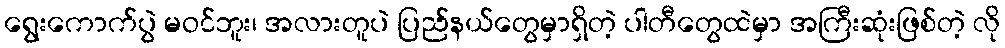
ရွေးကောက်ပွဲ မဝင်ဘူး၊ အလားတူပဲ ပြည်နယ်တွေမှာရှိတဲ့ ပါတီတွေထဲမှာ အကြီးဆုံးဖြစ်တဲ့ လို